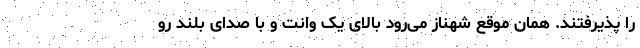
را پذیرفتند. همان موقع شهناز می‌رود بالای یک وانت و با صدای بلند رو